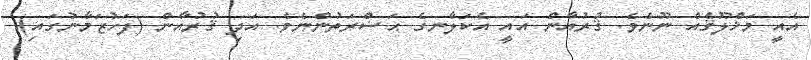
އެއީ މަޚްލޫޤެއް ނޫނެވެ. ޤުރުއާން އައީ އެކަލާނގެ ޙަޟްރަތުންނެވެ. އަދި ޤުރުއާން (ފަހުޒަމާނުގައި)